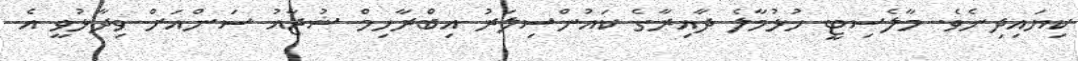
ކިޔައިދިނެވެ. މާލެސިޓީ ހުޅުމާލެ ދާއިރާގެ ކައުންސިލަރު އިބްރާހިމް ޝުޖާއު ސަންއަށް ވިދާޅުވީ އެ